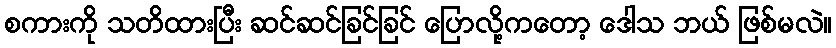
စကားကို သတိထားပြီး ဆင်ဆင်ခြင်ခြင် ပြောလို့ကတော့ ဒေါသ ဘယ် ဖြစ်မလဲ။